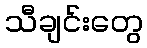
သီချင်းတွေ